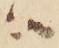
ハ